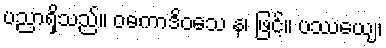
ပညာရှိသည်။ ဝဓကာဒိဝသေ န၊ ဖြင့်။ ပဿေယျ၊